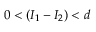
0 < ( I _ { 1 } - I _ { 2 } ) < d